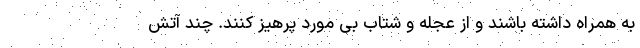
به همراه داشته باشند و از عجله و شتاب بی مورد پرهیز کنند. چند آتش